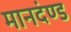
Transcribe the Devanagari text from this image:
मानदंण्ड